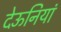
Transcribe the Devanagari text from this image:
देऊनियां